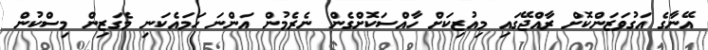
އޭނާގެ އަގުވަޒަންކޮށް ރާއްޖޭގައި މިއުޒިކަށް ހާއްސަކޮށްގެން ނެރެމުން އަންނަ ހަމައެކަނި މެގަޒިން މިސްކުން